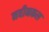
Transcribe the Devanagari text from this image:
नवीनकल